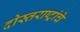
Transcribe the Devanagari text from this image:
दोस्तराष्ट्रांचे